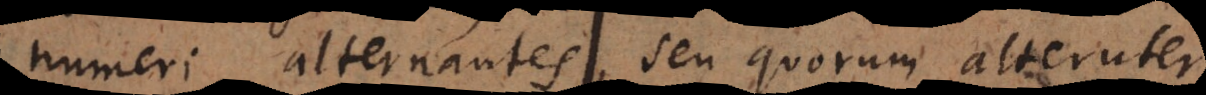
numeri alternantes, seu quorum alteruter